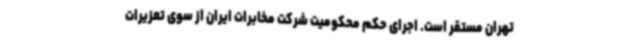
تهران مستقر است. اجرای حکم محکومیت شرکت مخابرات ایران از سوی تعزیرات